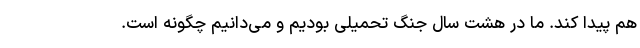
هم پیدا کند. ما در هشت سال جنگ تحمیلی بودیم و می‌دانیم چگونه است.